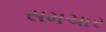
સમચાર